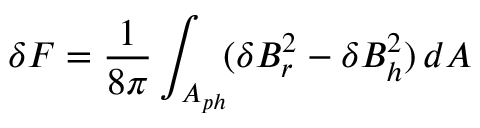
\delta F = \frac { 1 } { 8 \pi } \int _ { A _ { p h } } \! ( \delta B _ { r } ^ { 2 } - \delta B _ { h } ^ { 2 } ) \, d A